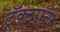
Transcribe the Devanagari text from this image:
ट्रॅक्टरांनी